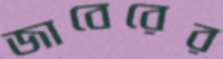
জাবেরের